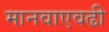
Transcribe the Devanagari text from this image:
मानवाएवढी